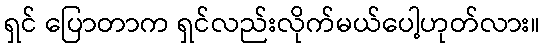
ရှင် ပြောတာက ရှင်လည်းလိုက်မယ်ပေါ့ဟုတ်လား။